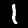
Digit: 1